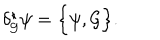
\delta _ { { \cal G } } ^ { \star } \psi = \Big \{ \psi , { \cal G } \Big \} .